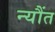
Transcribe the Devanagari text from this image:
न्यौंत